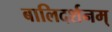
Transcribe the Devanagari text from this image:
बालिदर्शनम्